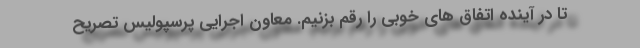
تا در آینده اتفاق های خوبی را رقم بزنیم. معاون اجرایی پرسپولیس تصریح